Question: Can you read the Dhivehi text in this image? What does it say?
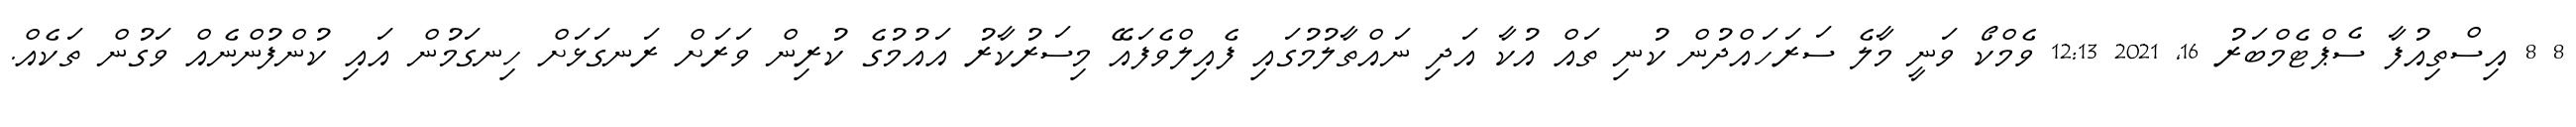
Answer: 8 8 އިސްތިއުފާ ސެޕްޓެމްބަރު 16, 2021 12:13 ވެމްކޯ ވަނީ މާލެ ސަރަހައްދުން ކުނި ތައް އުކާ އަދި ނައްތާލުމުގައި ފެއިލްވެފައޭ މިސަރުކާރު އައުމުގެ ކުރިން ވަރަށް ރަނގަޅަށް ހިނގަމުން އައި ކުންފުންނެއް ވަގުން ތަކެއް.